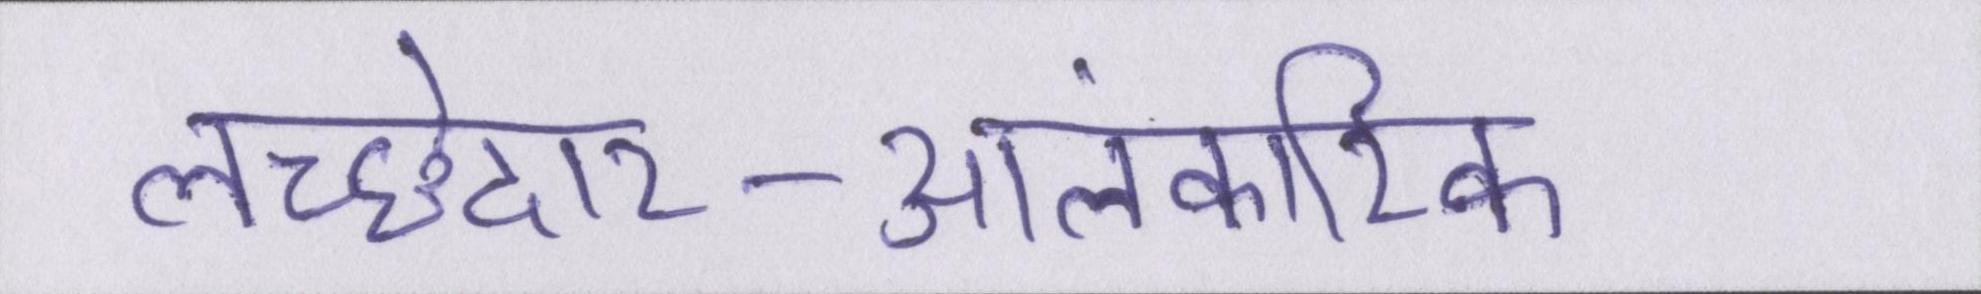
लच्छेदार-आलंकारिक